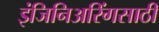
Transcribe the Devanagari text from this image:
इंजिनिअरिंगसाठी